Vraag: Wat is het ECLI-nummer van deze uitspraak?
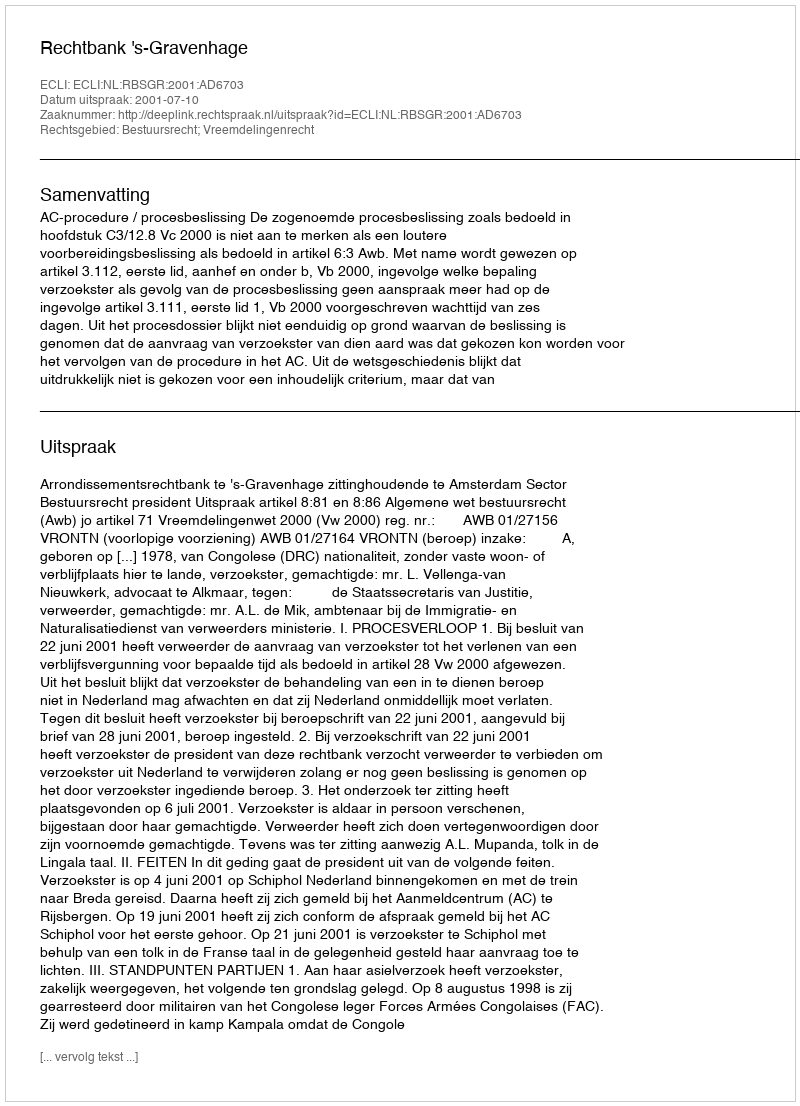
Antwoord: ECLI:NL:RBSGR:2001:AD6703